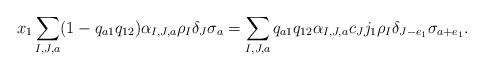
LaTeX: \begin{align*}x_1\sum_{I,J,a}(1-q_{a1}q_{12})\alpha_{I,J,a} \rho_I \delta_J \sigma_a &= \sum_{I,J,a}q_{a1} q_{12}\alpha_{I,J,a} c_J j_1\rho_I \delta_{J-e_1} \sigma_{a+e_1}.\end{align*}